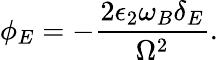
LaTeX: \phi_{E}=-\frac{2\epsilon_{2}\omega_{B}\delta_{E}}{\Omega^{2}}.